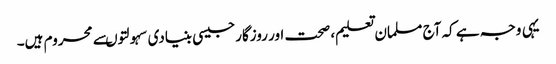
یہی وجہ ہے کہ آج مسلمان تعلیم، صحت اور روزگارجیسی بنیادی سہولتوںسے محروم ہیں۔